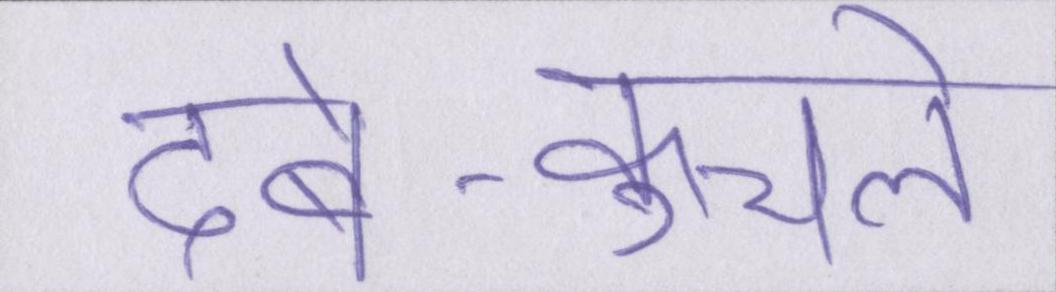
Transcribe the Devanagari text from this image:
दबे-कुचले